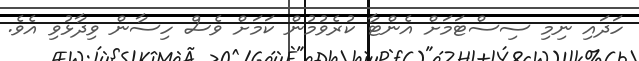
ހަދައި ނިމި ސިސްޓަމަށް އެންޓާ ކުރެވުމުން ކަމަށް ވެސް ހިސާން ވިދާޅުވި އެވެ.